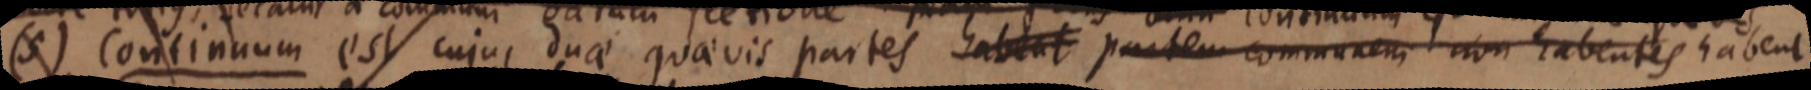
(5) Continuum est cujus duae quaevis partes habent partem communem non habentes habent